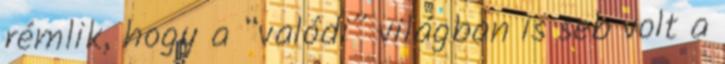
rémlik, hogy a “valódi” világban is seb volt a